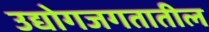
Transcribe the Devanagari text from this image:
उद्योगजगतातील